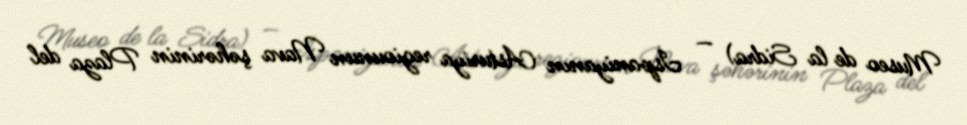
Museo de la Sidra) — İspaniyanın Asturiya regiounun Nava şəhərinin Plaza del